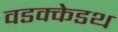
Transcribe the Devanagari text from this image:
वडक्केडथ